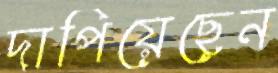
দাপিয়েছেন